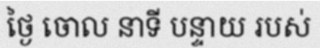
ថ្ងៃ ចោល នាទី បន្ទាយ របស់